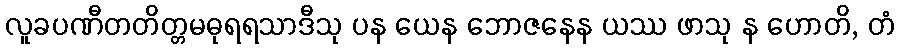
လူခပဏီတတိတ္တမဓုရရသာဒီသု ပန ယေန ဘောဇနေန ယဿ ဖာသု န ဟောတိ, တံ